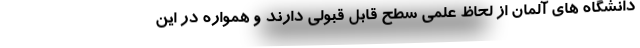
دانشگاه های آلمان از لحاظ علمی سطح قابل قبولی دارند و همواره در این